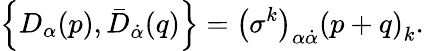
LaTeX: \left\{ D_{\alpha}(p),\bar{D}_{\dot{\alpha}}(q)\right\} =\left(\sigma^{k}\right)_{\alpha\dot{\alpha}}\left(p+q\right)_{k}.